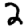
Digit: 2